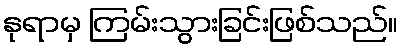
နုရာမှ ကြမ်းသွားခြင်းဖြစ်သည်။